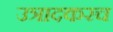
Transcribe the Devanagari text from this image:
उत्रादकरच